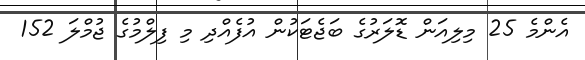
އެންމެ 25 މިލިއަން ޑޮލަރުގެ ބަޖެޓަކުން އުފެއްދި މި ފިލްމުގެ ޖުމްލަ 152